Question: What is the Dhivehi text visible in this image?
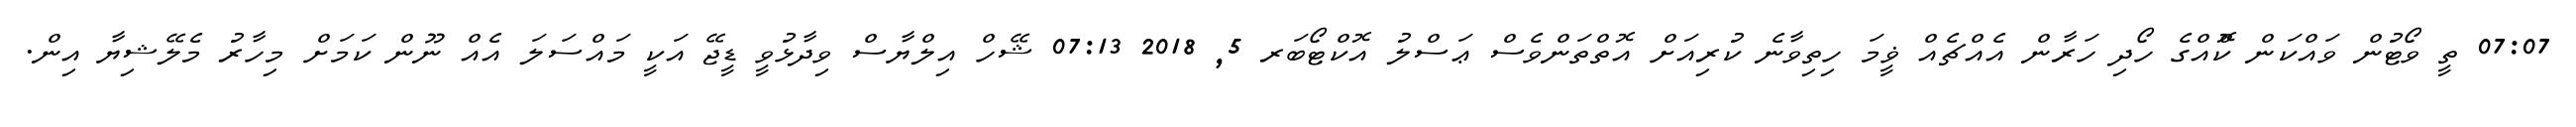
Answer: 07:07 ތީ ވޯޓުން ވައްކަން ކޮްއްގެ ހޯދި ހަރާން އެއްޗެއް ޥީމަ ހިތިވާނެ ކުރިއަށް އޮތްތަންވެސް ޢަސްލު އޮކްޓޯބަރ 5, 2018 07:13 ޝޭހް އިލްޔާސް ވިދާޅުވީ ޑީޖޭ އަކީ މައްސަލަ އެއް ނޫން ކަމަށް މިހާރު މެލޭޝިޔާ އިން.